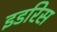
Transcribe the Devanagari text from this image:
इडरिस